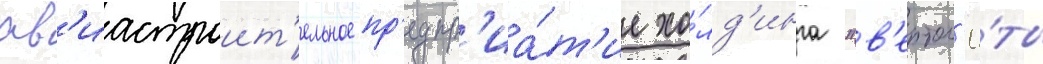
ав'иастроит'ельное пр'едпр'иа́т'ие хо́лд'инга "в'ертол'ё́ты